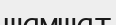
шамшат